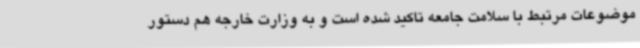
موضوعات مرتبط با سلامت جامعه تاکید شده است و به وزارت خارجه هم دستور